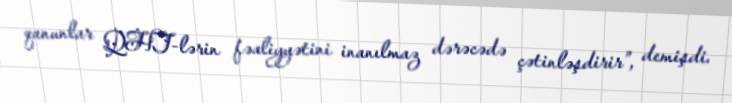
qanunlar QHT-lərin fəaliyyətini inanılmaz dərəcədə çətinləşdirir”, demişdi.